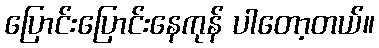
ပြောင်းပြောင်းနေကုန် ပါတော့တယ်။